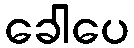
ခေါပေ